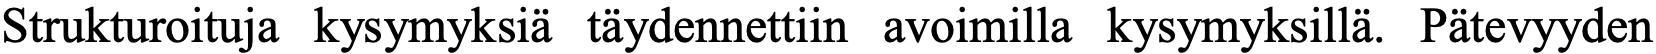
Strukturoituja kysymyksiä täydennettiin avoimilla kysymyksillä. Pätevyyden